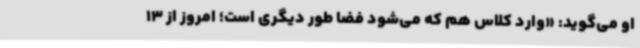
او می‌گوید: «وارد کلاس هم که می‌شود فضا طور دیگری است؛ امروز از 13